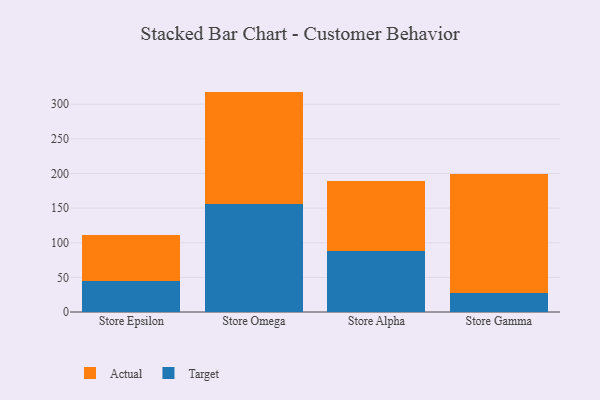
{"axis": {"x": "Store", "y": "Tickets Resolved"}, "legend": ["Actual", "Target"], "data": [{"x": "Store Epsilon", "y": 44.6, "type": "Target"}, {"x": "Store Epsilon", "y": 67.1, "type": "Actual"}, {"x": "Store Omega", "y": 156.5, "type": "Target"}, {"x": "Store Omega", "y": 161.7, "type": "Actual"}, {"x": "Store Alpha", "y": 87.7, "type": "Target"}, {"x": "Store Alpha", "y": 101.0, "type": "Actual"}, {"x": "Store Gamma", "y": 27.5, "type": "Target"}, {"x": "Store Gamma", "y": 172.3, "type": "Actual"}]}